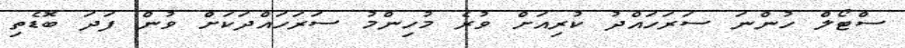
ސްޓޯލް ހުންނަ ސަރަހައްދު ކުރިއަށް ވުރެ މުހިންމު ސަރަހައްދަކަށް ވުން ފަދަ ބޮޑެތި